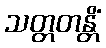
သတ္တတန္တိံ